Vaccination United Provinces of Agra and Oudh 1902-1913 - 1902-1913
Year: 1902
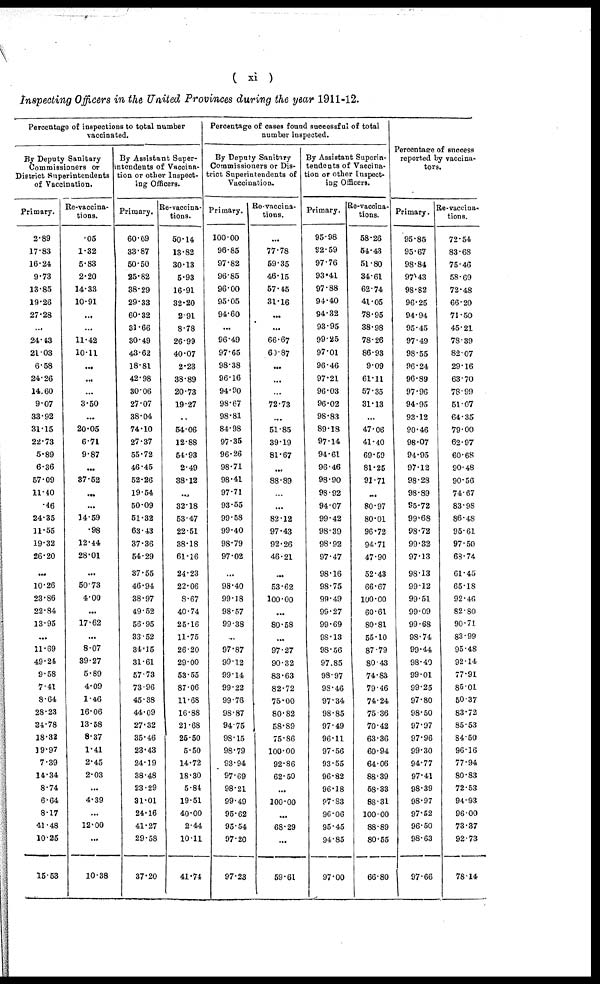
( xi )
Inspecting Officers in the United Provinces during the year 1911-12.
Percentage of inspections to total number
vaccinated.
By Deputy Sanitary
Commissioners or
District Superintendents
of Vaccination.
Primary.
2.89
17.83
16.24
9.73
13.85
19.26
27.28
...
24.13
21.03
6.58
24.26
14.60
9.07
33.92
31.15
22.73
5.89
6.36
57.09
11.40
.46
24.35
11.55
19.32
26.20
...
10.26
23.86
22.84
13.95
...
11.69
49.24
9.58
7.41
8.64
28.23
24.78
18.32
19.97
7.39
14.34
8.74
6.64
8.17
41.48
10.25
15.53
Re-vaccina-
tions.
.05
1.32
5.83
2.20
14.33
10.91
...
...
11.42
10.11
...
...
...
3.50
...
20.05
6.71
9.87
...
37.52
...
...
14.59
.98
12.44
28.01
...
50.73
4.00
...
17.62
...
8.07
39.27
5.89
4.09
1.46
16.06
13.58
8.37
1.41
2.45
2.03
...
4.39
...
12.00
...
10.38
By Assistant Super¬
intendents of Vaccina¬
tion or other Inspect-
ing Officers.
Primary.
60.69
33.87
50.50
25.82
38.29
29.33
60.32
31.66
30.49
43.62
18.81
42.98
30.06
27.07
38.04
74.10
27.37
55.72
46.45
52.26
19.54
50.09
51.32
63.43
37.36
54.29
37.55
46.94
38.97
49.52
56.95
33.52
34.15
31.61
57.73
73.96
45.38
44.09
27.32
35.46
23.43
24.19
38.48
23.29
31.01
24.16
41.27
29.58
37.20
Re-vaccina¬
tions.
50.14
13.82
30.13
5.93
16.91
32.20
2.91
8.78
26.99
40.07
2.23
38.89
20.73
19.27
...
54.06
12.88
54.93
2.49
38.12
...
32.18
53.47
22.51
38.18
61.16
24.23
22.06
8.67
40.74
25.16
11.75
26.20
29.00
53.55
87.06
11.68
16.88
21.68
25.50
5.50
14.72
18.30
5.84
19.51
40.00
2.44
10.11
41.74
Percentage of cases found successful of total
number inspected.
By Deputy Sanitary
Commissioners or Dis-
trict Superintendents of
Vaccination.
Primary.
100.00
96.85
97.82
96.85
96.00
95.05
94.60
...
96.49
97.65
98.38
96.16
94.90
98.67
98.81
84.98
97.35
96.26
98.71
98.41
97.71
93.55
99.58
99.40
98.79
97.02
...
98.40
99.18
98.57
99.38
...
97.87
99.12
99.14
99.22
99.76
98.87
94.75
98.15
98.79
93.94
97.69
98.21
99.49
95.62
95.54
97.20
97.23
Re-vaccina-
tions.
77.78
59.35
46.15
57.45
31.16
...
...
66.67
60.87
...
...
72.73
...
51.85
39.19
81.67
...
88.89
...
...
82.12
97.43
92.26
46.21
...
53.62
100.00
...
80.58
...
97.27
90.32
83.63
82.72
75.00
80.82
58.89
75.86
100.00
92.86
62.50
...
100.00
. ..
68.29
...
59.61
By Assistant Superin-
tendents of Vaccina-
tion or other Inspect-
ing Officers.
Primary.
95.98
92.59
97.76
93.41
97.88
94.40
94.32
93.95
99.25
97.01
96.46
97.21
96.03
96.02
98.83
89.18
97.14
94.61
96.46
98.90
98.92
94.07
99.42
98.39
98.92
97.47
98.16
98.75
99.49
99.27
99.69
98.13
98.56
97.85
98.97
98.46
97.34
98.85
97.49
96.11
97.56
93.55
96.82
96.18
97.83
96.06
95.45
94.85
97.00
Re-vaccina-
tions.
58.26
54.43
51.80
34.61
62.74
41.05
78.95
38.98
78.26
86.93
9.09
61.11
57.35
31.13
...
47.06
41.40
69.59
81.25
91.71
...
80.97
80.01
96.72
94.71
47.90
52.43
66.67
100.00
60.61
80.81
55.10
87.79
80.43
74.83
79.46
74.24
75.36
70.42
63.36
60.94
64.06
88.39
58.33
88.31
100.00
88.89
80.55
66.80
Percentage of success
reported by vaccina¬
tors.
Primary.
95.85
95.67
98.84
97.43
98.82
96.25
94.94
95.45
97.49
98.55
96.24
96.89
97.96
94.95
93.12
90.46
98.07
94.95
97.12
98.28
98.89
95.72
99.68
98.72
99.32
97.13
98.13
99.12
99.51
99.09
99.68
98.74
99.44
98.40
99.01
99.25
97.80
98.50
97.97
97.96
99.30
94.77
97.41
98.39
98.97
97.52
96.50
98.63
97.66
Re-vaccina¬
tions.
72.54
83.68
75.46
58.69
72.48
66.20
71.50
45.21
78.39
82.07
29.16
63.70
78.99
51.07
64.35
79.00
62.97
60.68
90.48
90.56
74.67
83.98
86.48
95.61
97.50
68.74
61.45
65.18
92.46
82.80
90.71
83.99
95.48
92.14
77.91
85.01
50.37
83.72
85.53
84.50
96.16
77.94
80.83
72.53
94.93
96.00
73.37
92.73
78.14